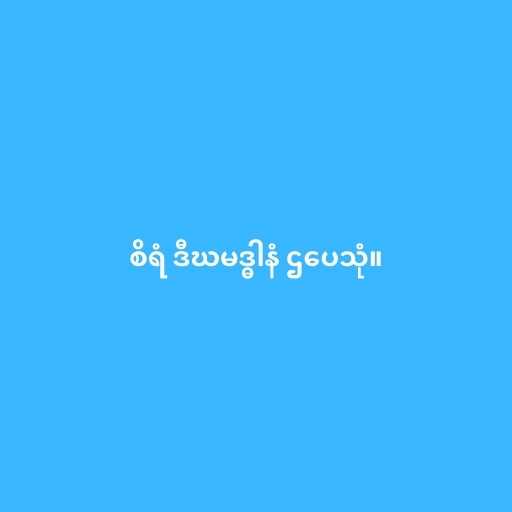
စိရံ ဒီဃမဒ္ဓါနံ ဌပေသုံ။